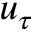
u _ { \tau }